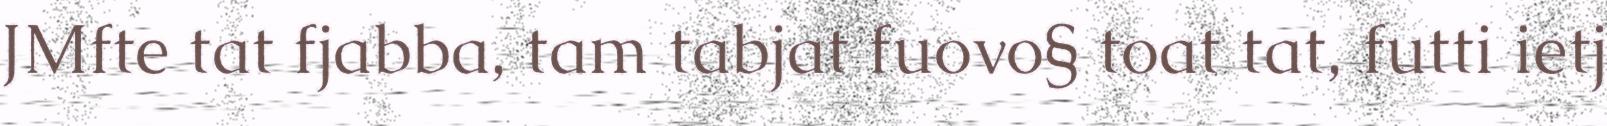
JMfte tat fjabba, tam tabjat fuovo§ toat tat, futti ietj